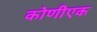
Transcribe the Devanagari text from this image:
कोणीएक